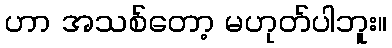
ဟာ အသစ်တော့ မဟုတ်ပါဘူး။